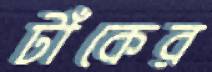
টাঁকের